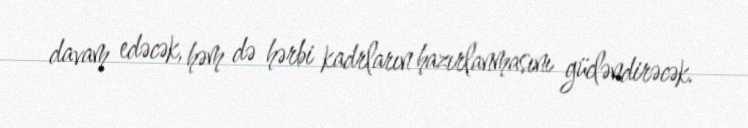
davam edəcək, həm də hərbi kadrların hazırlanmasını gücləndirəcək.